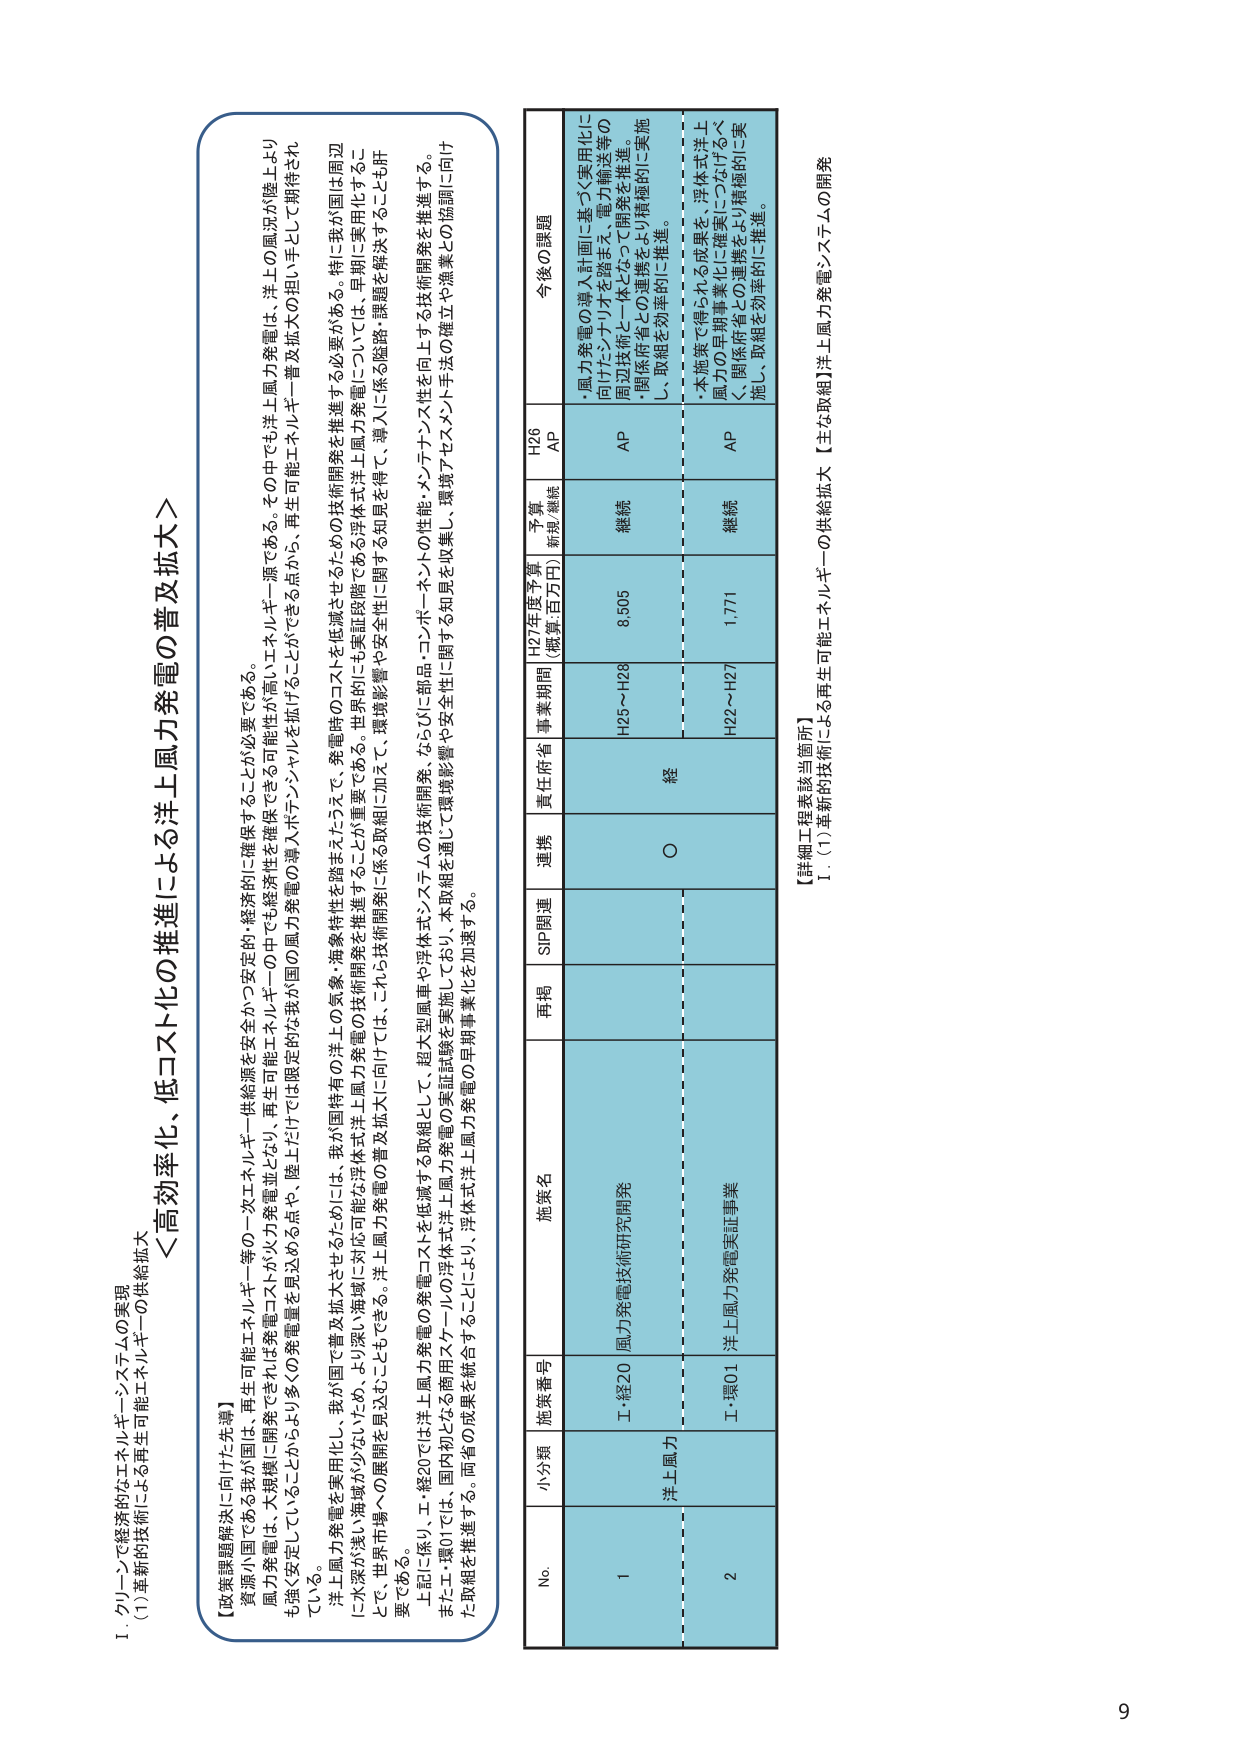
I. グリーンで経済的なエネルギー・システムの実現
(1) 革新的技術による再生可能エネルギーの供給拡大

＜高効率化、低コスト化の推進による洋上風力発電の普及拡大＞

【政策課題解決に向けた先導】
資源小国である我が国は、再生可能エネルギー等の一次エネルギー供給源を安全かつ安定的・経済的に確保することが必要である。
風力発電は、大規模に開発できれば発電コストが火力発電並となり、再生可能エネルギーの中でも経済性を確保できる可能性が高いエネルギー源である。その中でも洋上風力発電は、洋上への風況が陸上よりも強く安定していることからより多くの発電量を見込める点や、陸上だけでは限定的な我が国の風力発電の導入ポテンシャルを拡げることができることから、再生可能エネルギー普及拡大の担い手として期待されている。
洋上風力発電を実用化し、我が国で普及拡大させるためには、我が国固有の洋上の気象・海象特性を踏まえたうえで、発電時のコストを低減させるための技術開発を推進する必要がある。特に我が国は周辺に水深が浅い海域が少ないため、より深い海域に対応可能な洋上風力発電の技術開発を推進することが重要である。世界的にも実証段階である浮体式洋上風力発電については、早期に実用化することにより、世界市場への展開を見込むこともできる。洋上風力発電の普及拡大に向けては、これら技術開発に係る取組に加えて、環境影響や安全に係る陸路・課題を解決することも肝要である。
上記に伴い、工・経20では洋上風力発電の発電コストを低減する取組として、超大型風車や浮体式システムの技術開発、ならびに部品・コンポーネントの性能・メンテナンス性を向上する技術開発を推進する。また工・環01では、国内初となる商用スケールの浮体式洋上風力発電の実証試験を実施しており、本取組を通じて環境影響や安全性に関する知見を収集し、環境アセスメント手法の確立や漁業との協調に向けた取組を推進する。両者の成果を統合することにより、浮体式洋上風力発電の早期事業化を加速する。

No. 小分類 施策番号 施策名 再掲 SIP関連 連携 責任府省 事業期間 H27年度予算 (概算/百万円) 予算 総規/継続 H26 AP 今後の課題
1 洋上風力 工・経20 風力発電技術研究開発 継続 AP H25～H28 8,505 継続 AP ・風力発電の導入計画に基づく実用化に向けたシナリオを踏まえ、電力輸送等の周辺技術と一体となって開発を推進。関係府省との連携をより積極的に実施し、取組を効率的に推進。
2 工・環01 洋上風力発電実証事業 継続 AP H22～H27 1,771 継続 AP ・本施策で得られる成果を、浮体式洋上風力の早期事業化に確実につなげるべく、関係府省との連携をより積極的に実施し、取組を効率的に推進。

【詳細工程表該当箇所】
1. (1) 革新的技術による再生可能エネルギーの供給拡大【主な取組】洋上風力発電システムの開発

9